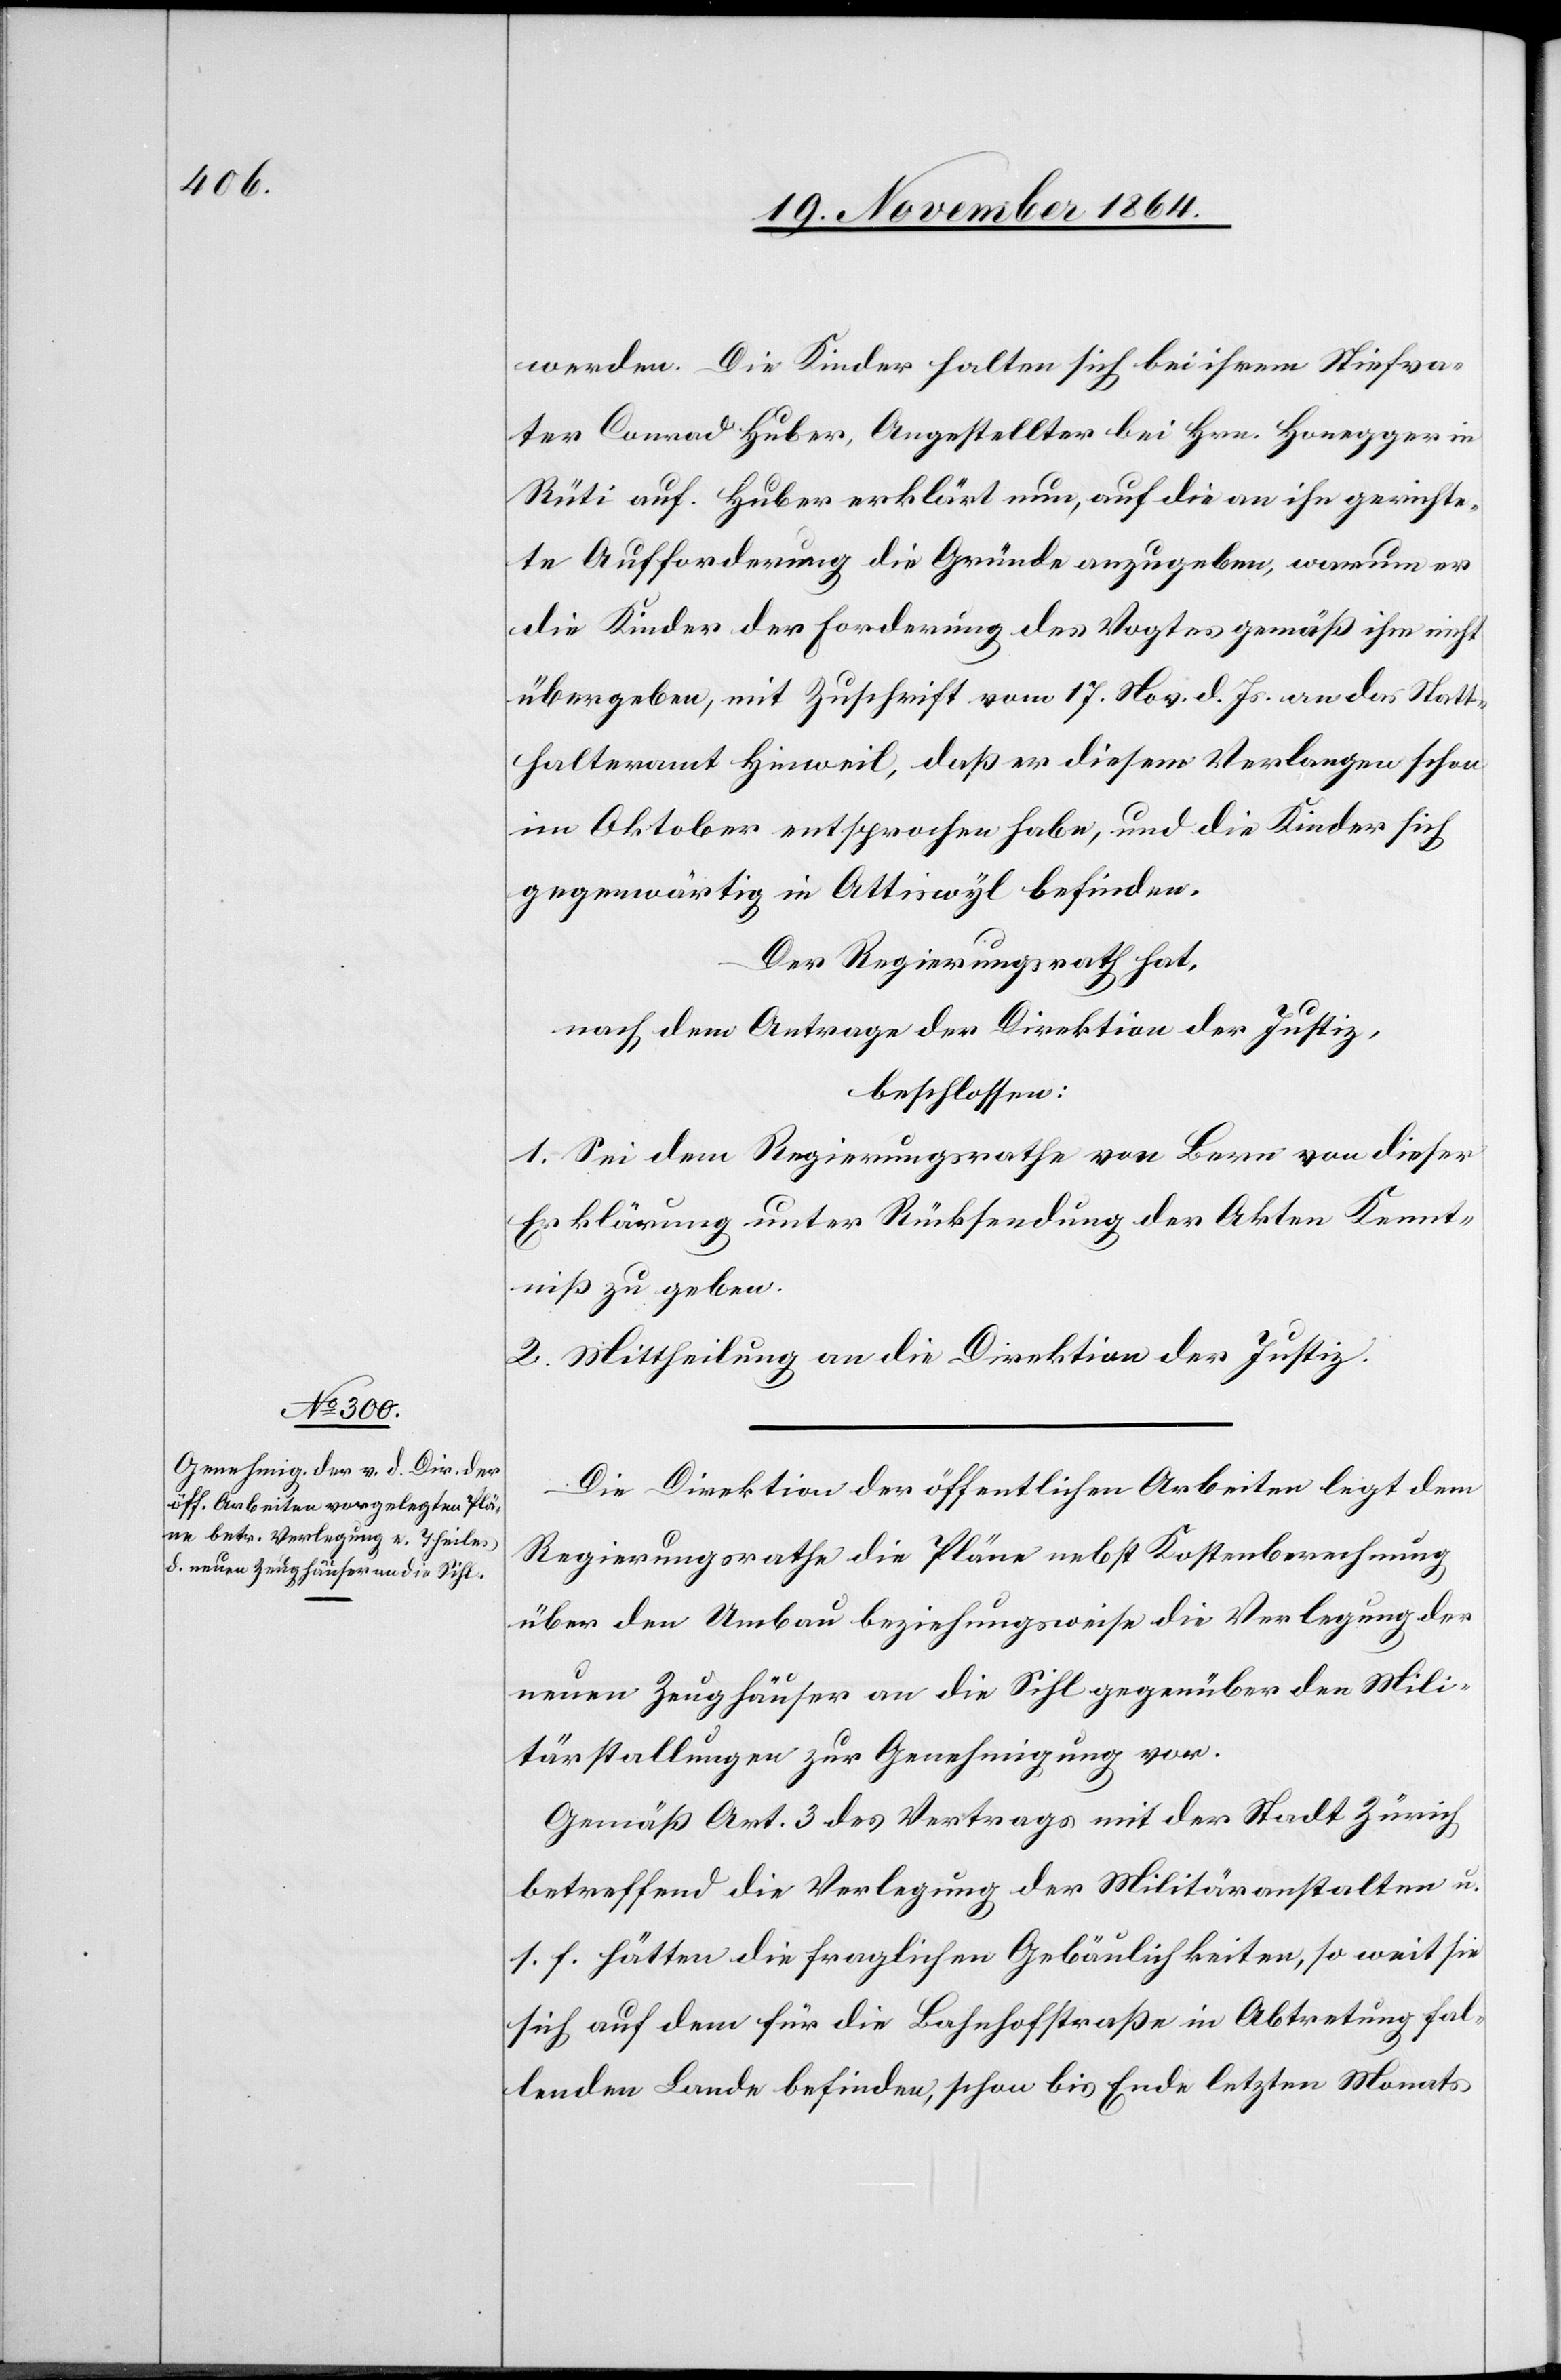
werden. Die Kinder halten sich bei ihrem Stiefva¬
ter Conrad Huber, Angestellten bei Hrn. Honegger in
Rüti auf. Huber erklärt nun, auf die an ihn gerichte¬
te Aufforderung die Gründe anzugeben, warum er
die Kinder der Forderung des Vogtes gemäß ihm nicht
übergeben, mit Zuschrift vom 17. Nov. d. Js. an das Statt¬
halteramt Hinweil, daß er diesem Verlangen schon
im Oktober entsprochen habe, und die Kinder sich
gegenwärtig in Attiswyl befinden.
Der Regierungsrath hat,
nach dem Antrage der Direktion der Justiz,
beschlossen:
1. Sei dem Regierungsrathe von Bern von dieser
Erklärung unter Rücksendung der Akten Kennt¬
niß zu geben.
2. Mittheilung an die Direktion der Justiz.
Die Direktion der öffentlichen Arbeiten legt dem
Regierungsrathe die Pläne nebst Kostenberechnung
über den Umbau beziehungsweise die Verlegung der
neuen Zeughäuser an die Sihl gegenüber den Mili¬
tärstallungen zur Genehmigung vor.
Gemäß Art. 3 des Vertrages mit der Stadt Zürich
betreffend die Verlegung der Militäranstalten u.
s. f. hätten die fraglichen Gebäulichkeiten, so weit sie
sich auf dem für die Bahnhofstraße in Abtretung fal¬
lenden Lande befinden, schon bis Ende letzten Monats